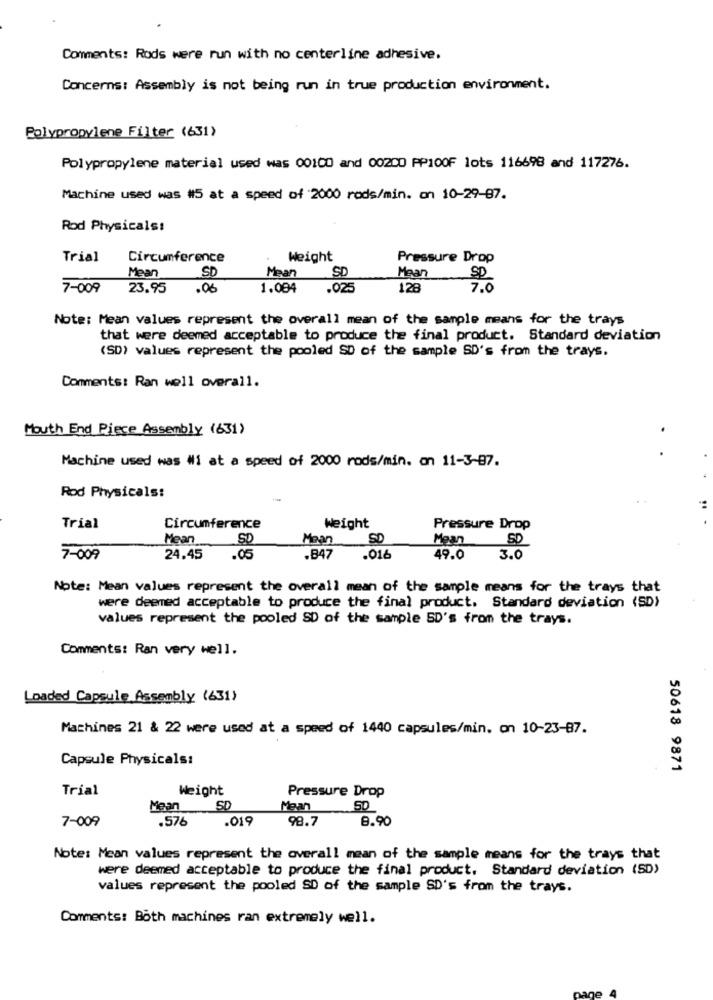
Comments: Rods were run with no centerline adhesive.
Concerns: Assembly is not being run in true production environment.
Polypropylene Filter (631)
Polypropylene material used was 00100 and 00200 PP100F lots 116698 and 117276.
Machine used was #5 at a speed of 2000 rods/min. on 10-29-87.
Rod Physicals:
Trial
Circumference
Weight
Pressure Drop
Mean
SD
Mean
SD
Mean
S0
7-009
23.95
.06
1.004
.025
128
7.0
Note: Mean values represent the overall mean of the sample means for the trays
that were deemed acceptable to produce the final product. Standard deviation
(SD) values represent the pooled SD of the sample SD's from the trays.
Comments: Ran well overall.
Mouth End Piece Assembly (631)
.
Machine used was #i at a speed of 2000 rods/min. on 11-3-07.
Rod Physicals:
Trial
Circumference
Weight
Pressure Drop
Mean
SD
Mean
50
Mean
SD
7-009
24.45
.05
.847
.016
49.0
3.0
Note: Mean values represent the overall mean of the sample means for the trays that
were deemed acceptable to produce the final product. Standard deviation (SD)
values represent the pooled SD of the sample SD's from the trays.
Comments: Ran very well.
Loaded Capsule Assembly (631)
Machines 21 & 22 were used at a speed of 1440 capsules/min. on 10-23-87.
Capsule Physicals:
50618 9871
Trial
Weight
Pressure Drop
Mean
50
Maan
50
7-009
.576
.019
98.7
8.90
Note: Mean values represent the overall mean of the sample means for the trays that
were deemed acceptable to produce the final product. Standard deviation (SD)
values represent the pooled SD of the sample SD's from the trays.
Comments: Both machines ran extremely well.